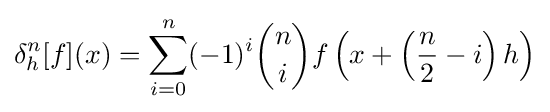
\delta _{h}^{n}[f](x)=\sum _{i=0}^{n}(-1)^{i}{\binom {n}{i}}f\left(x+\left({\frac {n}{2}}-i\right)h\right)